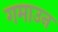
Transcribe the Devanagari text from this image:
गमाउन